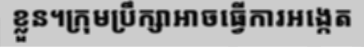
ខ្លួន។ក្រុមប្រឹក្សាអាចធ្វើការអង្កេត